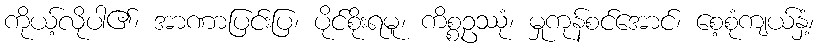
ကိုယ့်လိုပါ၏၊ အာဏာပြင်းပြ၊ ပိုင်စိုးရမူ၊ ကိစ္စဥဿုံ၊ မှုကုန်စင်အောင်၊ စေ့စုံကျယ်နှံ့၊